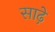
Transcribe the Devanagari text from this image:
साढ़़ेे